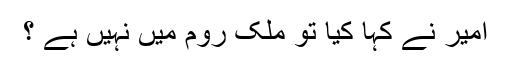
امیر نے کہا کیا تو ملک روم میں نہیں ہے ؟